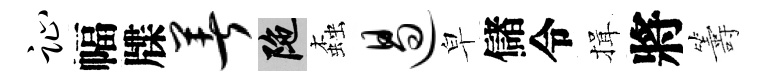
趾幅牒著陀螙遏皁儲令揖將籌